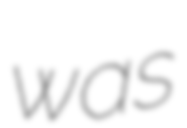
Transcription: was